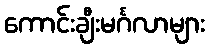
ကောင်းချီးမင်္ဂလာများ